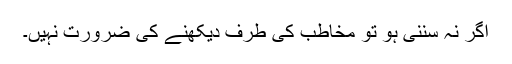
اگر نہ سننی ہو تو مخاطب کی طرف دیکھنے کی ضرورت نہیں۔